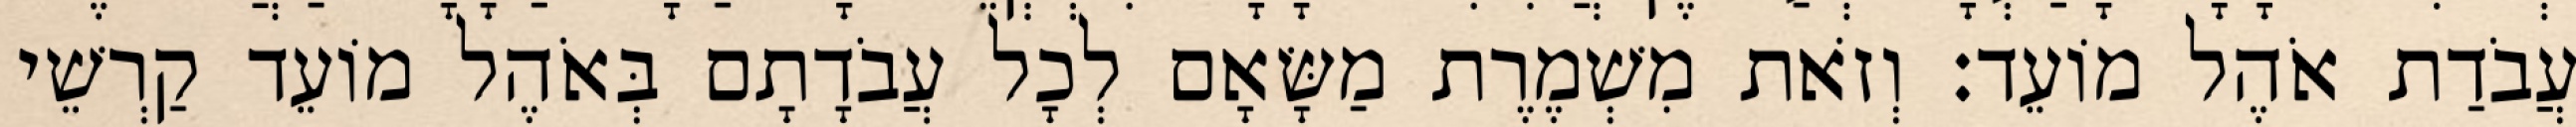
עֲבֹדַת אֹהֶל מוֹעֵד׃ וְזֹאת מִשְׁמֶרֶת מַשָּׂאָם לְכָל עֲבֹדָתָם בְּאֹהֶל מוֹעֵד קַרְשֵׁי